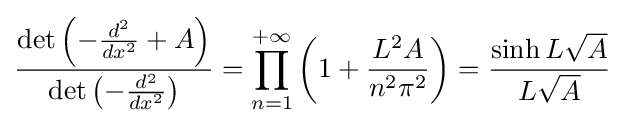
{\frac {\det \left(-{\frac {d^{2}}{dx^{2}}}+A\right)}{\det \left(-{\frac {d^{2}}{dx^{2}}}\right)}}=\prod _{n=1}^{+\infty }\left(1+{\frac {L^{2}A}{n^{2}\pi ^{2}}}\right)={\frac {\sinh L{\sqrt {A}}}{L{\sqrt {A}}}}